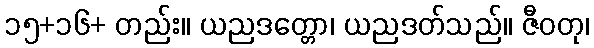
၁၅+၁၆+ တည်း။ ယညဒတ္တော၊ ယညဒတ်သည်။ ဇီဝတု၊